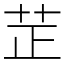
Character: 𦭒